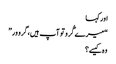
اور کہا
“میرے گُرو تو آپ ہیں، گرو ور”
وہ کیسے؟